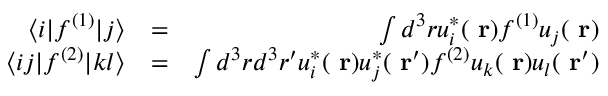
\begin{array} { r l r } { \langle i | f ^ { ( 1 ) } | j \rangle } & { = } & { \int d ^ { 3 } r u _ { i } ^ { * } ( \mathrm { \bf ~ r } ) f ^ { ( 1 ) } u _ { j } ( \mathrm { \bf ~ r } ) } \\ { \langle i j | f ^ { ( 2 ) } | k l \rangle } & { = } & { \int d ^ { 3 } r d ^ { 3 } r ^ { \prime } u _ { i } ^ { * } ( \mathrm { \bf ~ r } ) u _ { j } ^ { * } ( \mathrm { \bf ~ r } ^ { \prime } ) f ^ { ( 2 ) } u _ { k } ( \mathrm { \bf ~ r } ) u _ { l } ( \mathrm { \bf ~ r } ^ { \prime } ) } \end{array}